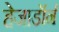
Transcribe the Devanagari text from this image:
हेजाडॉर्न